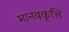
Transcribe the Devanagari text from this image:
मानवकृत्ति